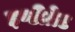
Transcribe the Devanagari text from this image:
इण्टीग्रेट